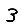
Digit: 3